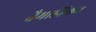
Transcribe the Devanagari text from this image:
वैमानिकच